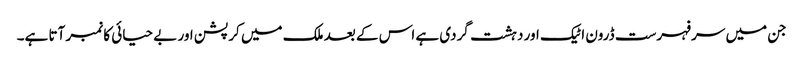
جن میں سرفہرست ڈرون اٹیک اور دہشت گردی ہے اس کے بعد ملک میں کرپشن اور بے حیائی کا نمبر آتا ہے۔